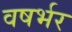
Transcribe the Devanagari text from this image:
वषर्भर